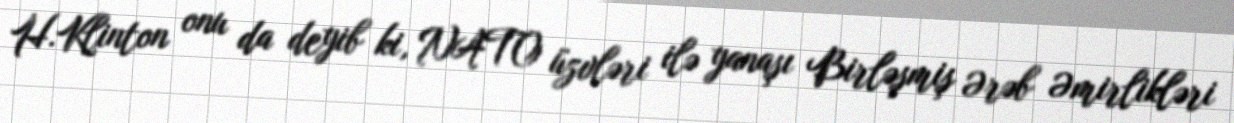
H.Klinton onu da deyib ki, NATO üzvləri ilə yanaşı Birləşmiş Ərəb Əmirlikləri